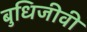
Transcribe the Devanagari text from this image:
बुधिजीवी